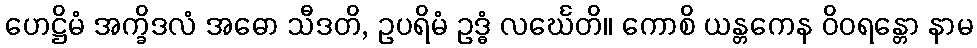
ဟေဋ္ဌိမံ အက္ခိဒလံ အဓော သီဒတိ, ဥပရိမံ ဥဒ္ဓံ လင်္ဃေတိ။ ကောစိ ယန္တကေန ဝိဝရန္တော နာမ